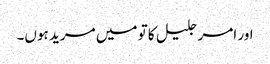
اور امر جلیل کا تو میں مرید ہوں۔